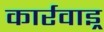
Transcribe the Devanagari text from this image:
कार्रवाइ्र्र